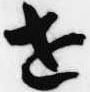
世